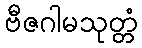
ဗီဇဂါမသုတ္တံ